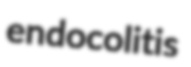
endocolitis